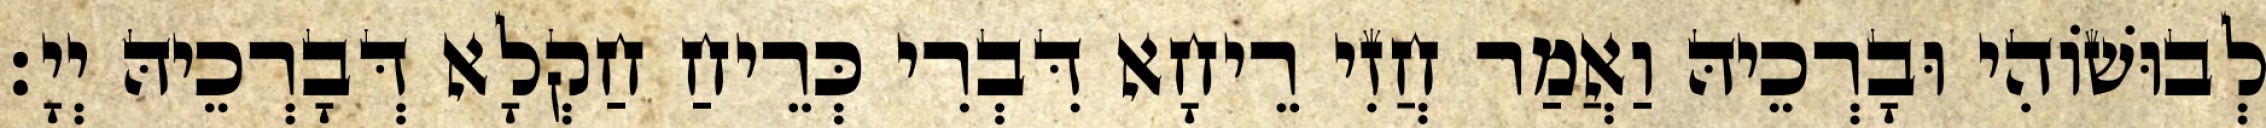
לְבוּשׁוֹהִי וּבָרְכֵיהּ וַאֲמַר חֲזִי רֵיחָא דִּבְרִי כְּרֵיחַ חַקְלָא דְּבָרְכֵיהּ יְיָ׃